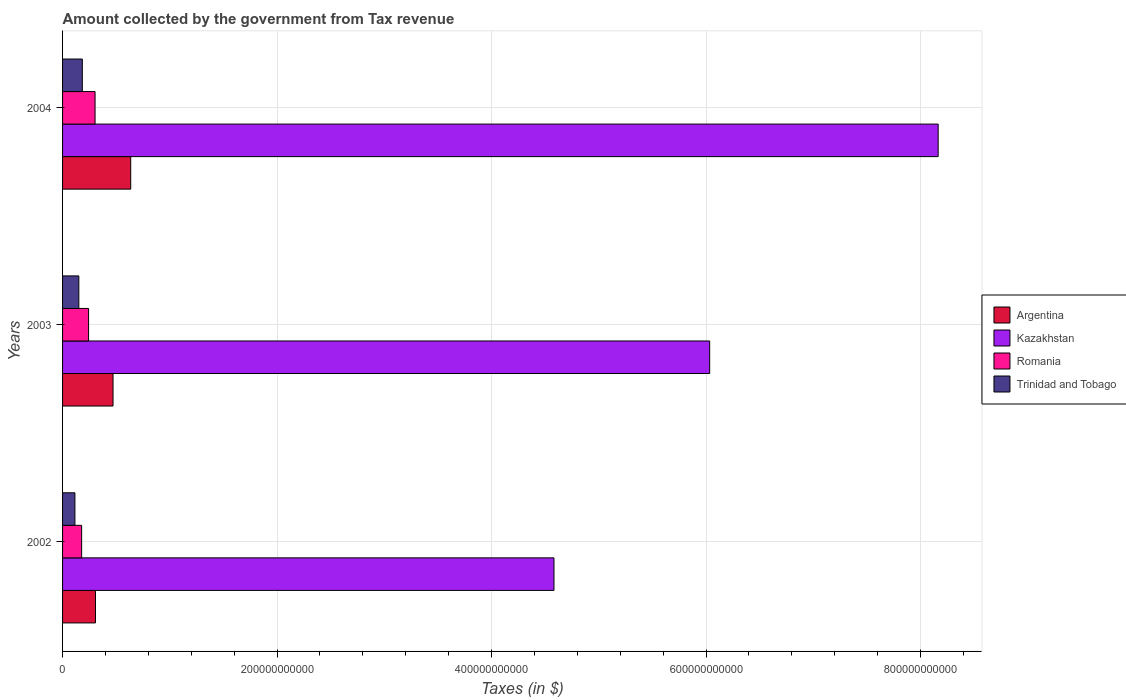
| Years | Argentina | Kazakhstan | Romania | Trinidad and Tobago |
 | --- | --- | --- | --- | --- |
 | 2002 | 3.07e+10 | 4.58e+11 | 1.78e+10 | 1.15e+10 |
 | 2003 | 4.71e+10 | 6.03e+11 | 2.43e+10 | 1.52e+10 |
 | 2004 | 6.36e+10 | 8.16e+11 | 3.03e+10 | 1.84e+10 |